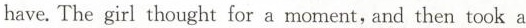
have. The girl thought for a moment, and then took a